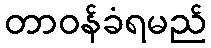
တာဝန်ခံရမည်